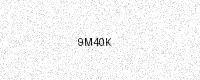
Text: 9M40K